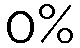
0%